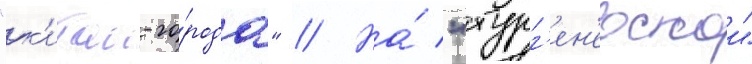
"к'итаи-го́рода" // На́ "тург'ен'евскои"